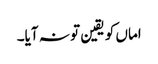
اماں کو یقین تو نہ آیا۔